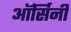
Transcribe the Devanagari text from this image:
ऑर्सिनी